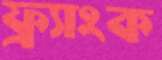
ফ্র্যাংক